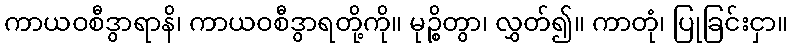
ကာယဝစီဒွာရာနိ၊ ကာယဝစီဒွာရတို့ကို။ မုဉ္စိတွာ၊ လွှတ်၍။ ကာတုံ၊ ပြုခြင်းငှာ။